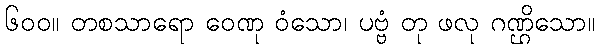
၆၀၀။ တစသာရော ဝေဏု ဝံသော၊ ပဗ္ဗံ တု ဖလု ဂဏ္ဌိသော။